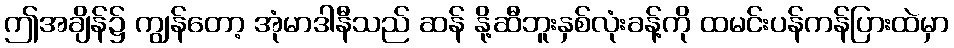
ဤအချိန်၌ ကျွန်တော့ အုံမာဒါနီသည် ဆန် နို့ဆီဘူးနှစ်လုံးခန့်ကို ထမင်းပန်ကန်ပြားထဲမှာ